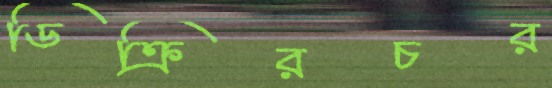
ডিক্রিরচর